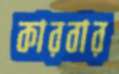
কারবার